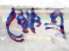
ক্ষেত্র্